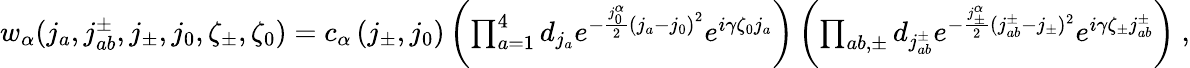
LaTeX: \begin{array}{r}{w_{\alpha}(j_{a},j_{ab}^{\pm},j_{\pm},j_{0},\zeta_{\pm},\zeta_{0})=c_{\alpha}\left(j_{\pm},j_{0}\right)\left(\prod_{a=1}^{4}d_{j_{a}}e^{-\frac{j_{0}^{\alpha}}{2}{(j_{a}-j_{0})}^{2}}e^{i\gamma\zeta_{0}j_{a}}\right)\left(\prod_{ab,\pm}d_{j_{ab}^{\pm}}e^{-\frac{j_{\pm}^{\alpha}}{2}(j_{ab}^{\pm}-j_{\pm})^{2}}e^{i\gamma\zeta_{\pm}j_{ab}^{\pm}}\right)\ ,}\end{array}